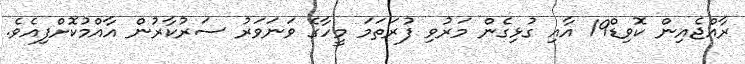
ރާއްޖެއިން ކޮވިޑް19 އާއި ގުޅިގެން މަރުވި ފުރަތަމަ މީހާގެ ވަނަވަރު ސަރުކާރުން އާއްމުކޮށްފިއެވެ.